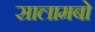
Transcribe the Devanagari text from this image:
सालामबो